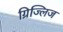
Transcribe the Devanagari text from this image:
ग्रिज्लिज